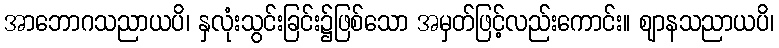
အာဘောဂသညာယပိ၊ နှလုံးသွင်းခြင်း၌ဖြစ်သော အမှတ်ဖြင့်လည်းကောင်း။ ဈာနသညာယပိ၊